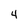
Character: 4